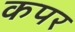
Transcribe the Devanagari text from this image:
कपर